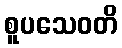
စူပသေဝတိ